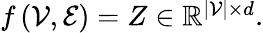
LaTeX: \begin{array}{r}{f\left(\mathcal{V},\mathcal{E}\right)=Z\in\mathbb{R}^{|\mathcal{V}|\times d}.}\end{array}